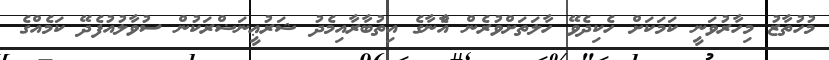
މުހުތާޒު މިހާރުވަނީ ކަމަކަށް ހެކިދެވޭ ހާލަތަށްވުރެން އެާނާގެ އިތުބާރާއިމެދު ޝަރުޢީނަޟްރަކުން ސުވާލުއުފެދޭ ކަމެއްގެ